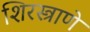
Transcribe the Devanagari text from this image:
शिरस्त्राणे